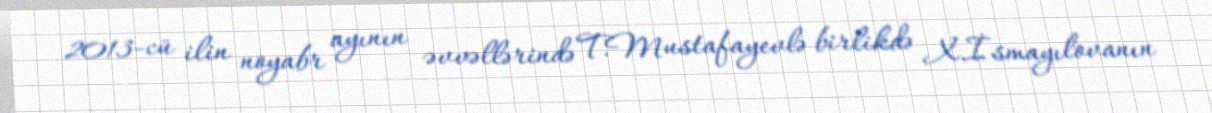
2013-cü ilin noyabr ayının əvvəllərində T.Mustafayevlə birlikdə X.İsmayılovanın